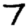
Digit: 7